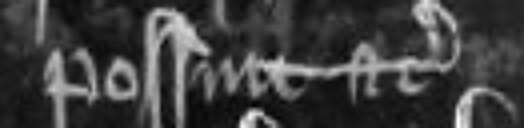
possint etc